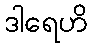
ဒါရေဟိ